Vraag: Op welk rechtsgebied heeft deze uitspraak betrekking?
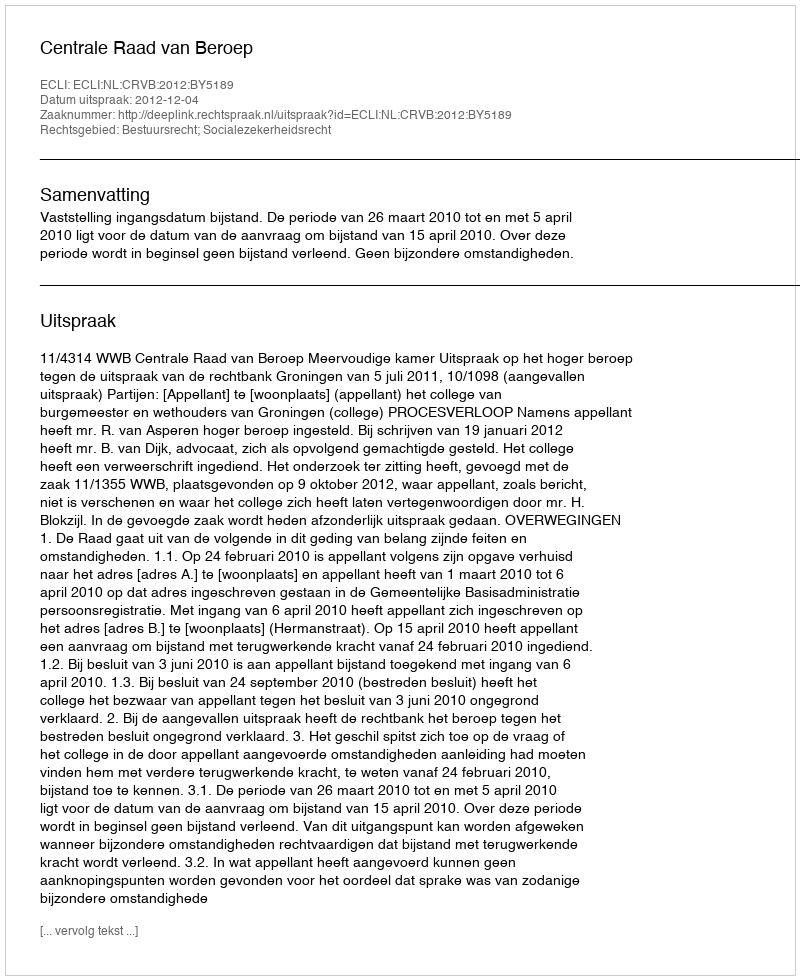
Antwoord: Bestuursrecht; Socialezekerheidsrecht